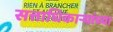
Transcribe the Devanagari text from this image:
सत्ताधिकाऱ्यांच्या